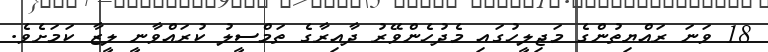
18 ވަނަ ރައްޔިތުންގެ މަޖިލީހުގައި މެދުހެންވޭރު ދާއިރާގެ ތަމްސީލު ކުރައްވާނީ ލީޒާ ކަމަށެވެ.